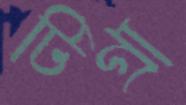
টিগ্রা